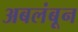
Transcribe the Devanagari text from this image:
अबलंबून